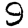
Digit: 9